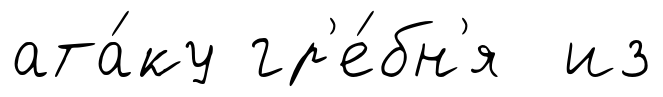
ата́ку гр'е́бн'я из